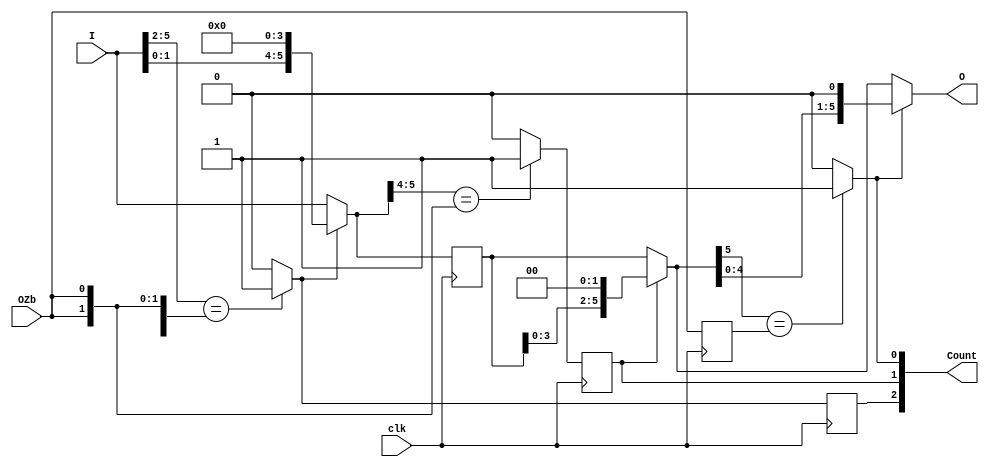
/* Generated by Yosys 0.12 (git sha1 UNKNOWN, gcc 11.1.0 -march=x86-64 -mtune=generic -O2 -fno-plt -fPIC -Os) */

module LZOCShifter_6_to_6_counting_8_F400_uid18(clk, I, OZb, Count, O);
  reg _00_;
  wire _01_;
  wire _02_;
  wire [5:0] _03_;
  wire _04_;
  wire _05_;
  wire _06_;
  wire [5:0] _07_;
  reg _08_;
  reg [5:0] _09_;
  reg _10_;
  wire _11_;
  wire _12_;
  wire _13_;
  wire [5:0] _14_;
  wire _15_;
  output [2:0] Count;
  input [5:0] I;
  output [5:0] O;
  input OZb;
  input clk;
  wire count0;
  wire count1;
  wire count1_d1;
  wire count2;
  wire count2_d1;
  wire [5:0] level0;
  wire [5:0] level1;
  wire [5:0] level2;
  wire [5:0] level2_d1;
  wire [5:0] level3;
  wire [2:0] scount;
  wire sozb;
  wire sozb_d1;
  always @(posedge clk)
    _00_ <= sozb;
  always @(posedge clk)
    _08_ <= count2;
  always @(posedge clk)
    _09_ <= level2;
  always @(posedge clk)
    _10_ <= count1;
  assign _11_ = level3[5:2] == { sozb, sozb, sozb, sozb };
  assign _12_ = _11_ ? 1'h1 : 1'h0;
  assign _13_ = ~ count2;
  assign _14_ = _13_ ? level3 : { level3[1:0], 4'h0 };
  assign _15_ = level2[5:4] == { sozb, sozb };
  assign _01_ = _15_ ? 1'h1 : 1'h0;
  assign _02_ = ~ count1_d1;
  assign _03_ = _02_ ? level2_d1 : { level2_d1[3:0], 2'h0 };
  assign _04_ = level1[5] == sozb_d1;
  assign _05_ = _04_ ? 1'h1 : 1'h0;
  assign _06_ = ~ count0;
  assign _07_ = _06_ ? level1 : { level1[4:0], 1'h0 };
  assign level3 = I;
  assign sozb = OZb;
  assign sozb_d1 = _00_;
  assign count2 = _12_;
  assign count2_d1 = _08_;
  assign level2 = _14_;
  assign level2_d1 = _09_;
  assign count1 = _01_;
  assign count1_d1 = _10_;
  assign level1 = _03_;
  assign count0 = _05_;
  assign level0 = _07_;
  assign scount = { count2_d1, count1_d1, count0 };
  assign Count = scount;
  assign O = level0;
endmodule